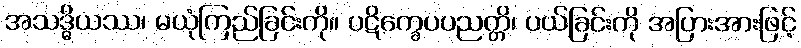
အသဒ္ဓိယဿ၊ မယုံကြည်ခြင်းကို။ ပဋိက္ခေပပညတ္တိ၊ ပယ်ခြင်းကို အပြားအားဖြင့်